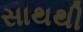
સાથથી